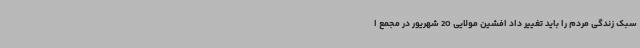
سبک زندگی مردم را باید تغییر داد افشین مولایی 20 شهریور در مجمع ا